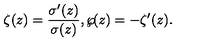
\zeta ( z ) = { \frac { \sigma ^ { \prime } ( z ) } { \sigma ( z ) } } , \wp \! ( z ) = - \zeta ^ { \prime } ( z ) .